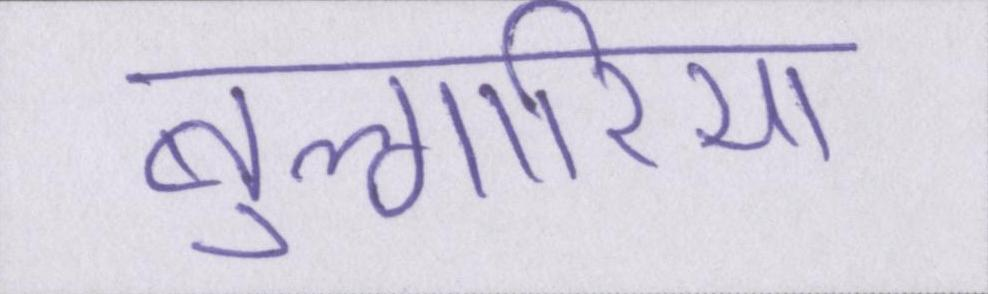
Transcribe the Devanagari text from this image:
बुल्गारिया